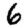
Digit: 6